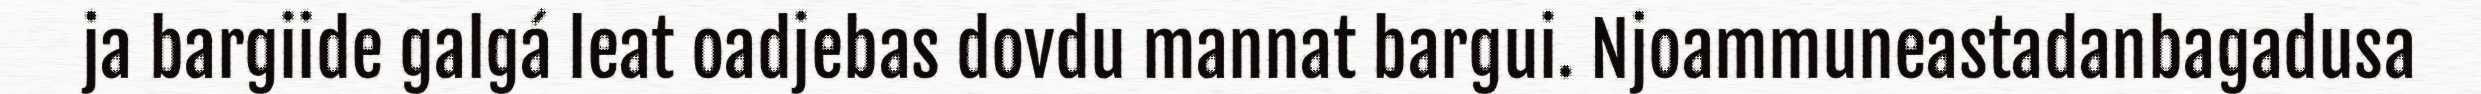
ja bargiide galgá leat oadjebas dovdu mannat bargui. Njoammuneastadanbagadusa